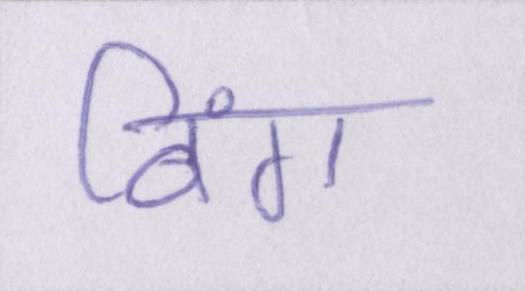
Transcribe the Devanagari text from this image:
विंग